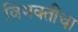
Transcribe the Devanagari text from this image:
विभक्तींचा